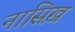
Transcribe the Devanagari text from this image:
नासिख़